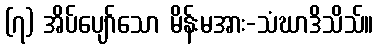
(၇) အိပ်ပျော်သော မိန်းမအား-သံဃာဒိသိသ်။